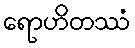
ရောဟိတဿံ